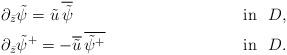
LaTeX: \begin{align*}&\partial_{\bar z} \tilde\psi= \tilde u\, \overline{\tilde\psi}& \ \ &\mbox{in} \ \ D, \\ &\partial_{\bar z} \tilde\psi^+= -\overline{\tilde u}\, \overline{\tilde\psi^+}& \ \ &\mbox{in} \ \ D.\end{align*}